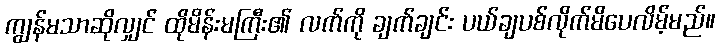
ကျွန်မသာဆိုလျှင် ထိုမိန်းမကြီး၏ လက်ကို ချက်ချင်း ပယ်ချပစ်လိုက်မိပေလိမ့်မည်။